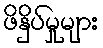
ဖိနှိပ်မှုများ